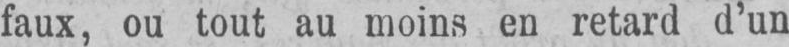
faux, ou tout au moins en retard d’un